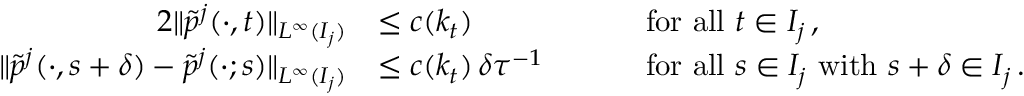
\begin{array} { r l r l } { { 2 } \| \tilde { p } ^ { j } ( \cdot , t ) \| _ { L ^ { \infty } ( I _ { j } ) } } & { \leq c ( k _ { t } ) } & & { \quad \mathrm { ~ f o r ~ a l l ~ } t \in I _ { j } \, , } \\ { \| \tilde { p } ^ { j } ( \cdot , s + \delta ) - \tilde { p } ^ { j } ( \cdot ; s ) \| _ { L ^ { \infty } ( I _ { j } ) } } & { \leq c ( k _ { t } ) \, \delta \tau ^ { - 1 } } & & { \quad \mathrm { ~ f o r ~ a l l ~ } s \in I _ { j } \mathrm { ~ w i t h ~ } s + \delta \in I _ { j } \, . } \end{array}